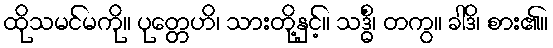
ထိုသမင်မကို။ ပုတ္တေဟိ၊ သားတို့နှင့်။ သဒ္ဓိံ၊ တကွ။ ခါဒိ၊ စား၏။